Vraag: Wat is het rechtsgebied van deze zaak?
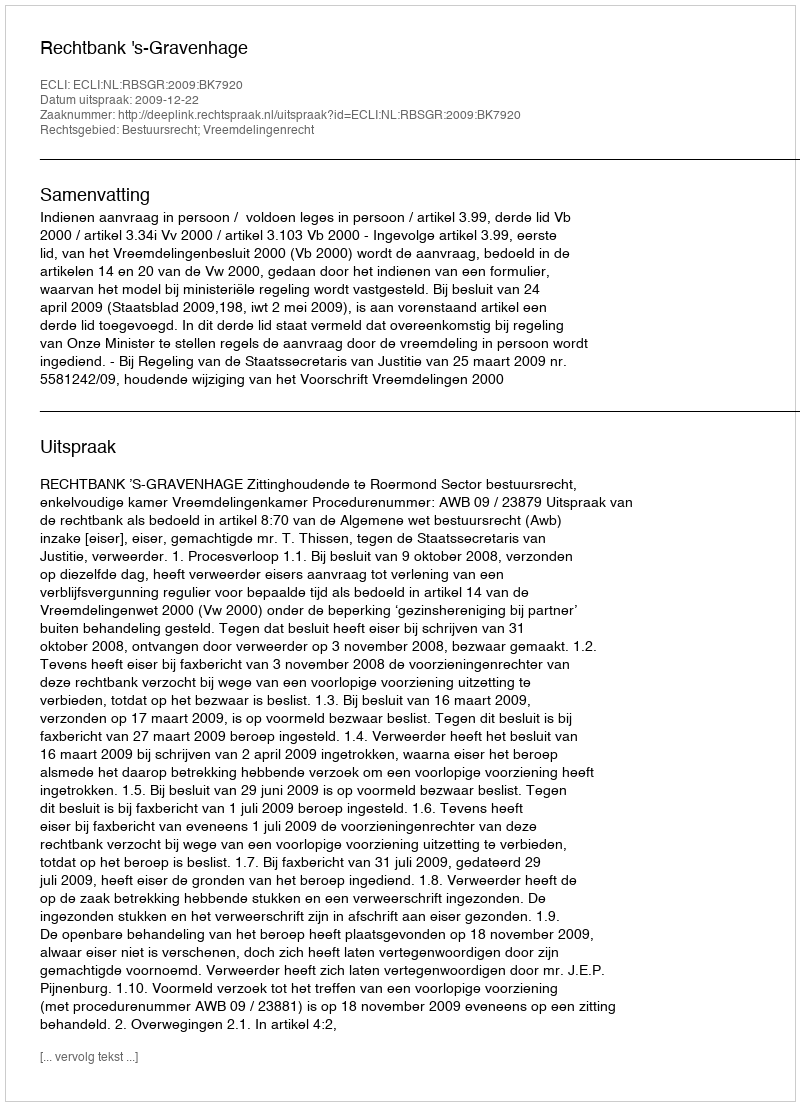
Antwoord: Bestuursrecht; Vreemdelingenrecht